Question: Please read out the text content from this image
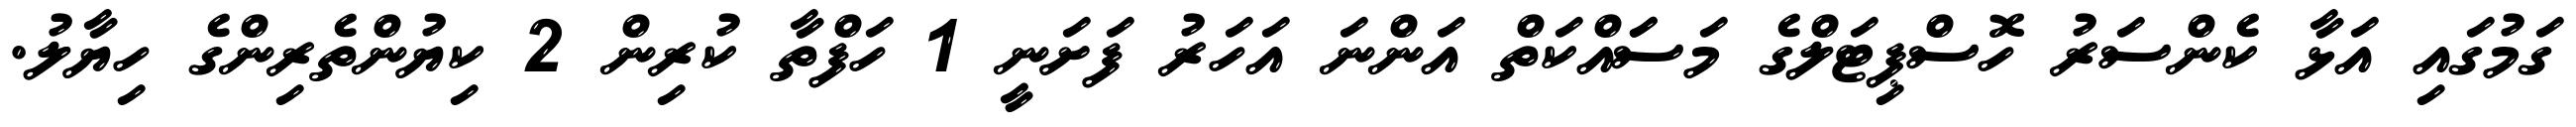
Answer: ގަމުގައި އަޅާ ކެންސަރު ހޮސްޕިޓަލްގެ މަސަައްކަތް އަންނަ އަހަރު ފަށަނީ 1 ހަފްތާ ކުރިން 2 ކިޔުންތެރިންގެ ހިޔާލު.